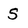
Character: S